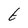
Character: t